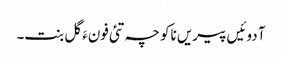
آ دوئیں پیریں ناکو چہ تئی فونءَ گل بنت۔